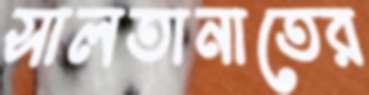
সালতানাতের